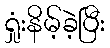
ရှုံးနိမ့်ခဲ့ပြီး